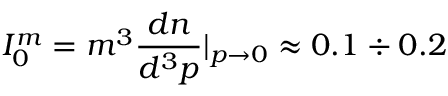
I _ { 0 } ^ { m } = m ^ { 3 } \frac { d n } { d ^ { 3 } p } | _ { p \to 0 } \approx 0 . 1 \div 0 . 2